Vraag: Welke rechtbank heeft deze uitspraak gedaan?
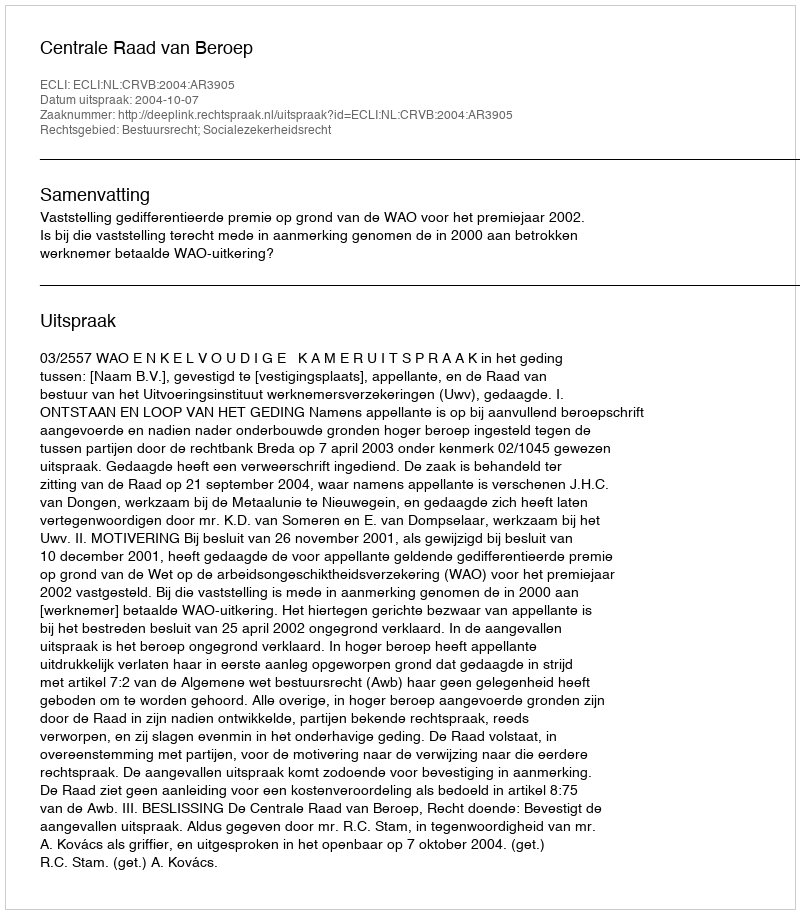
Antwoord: Centrale Raad van Beroep